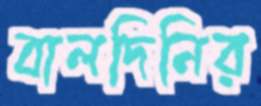
বালদিনির